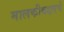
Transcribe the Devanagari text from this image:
मालकीबद्दलचे